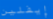
إيفلين